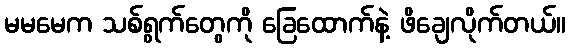
မမမေက သစ်ရွက်တွေကို ခြေထောက်နဲ့ ဖိချေလိုက်တယ်။